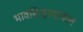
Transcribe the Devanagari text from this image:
भावसिन्हामार्फत